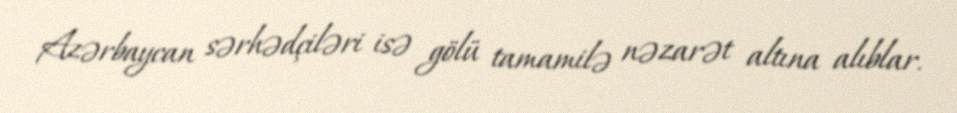
Azərbaycan sərhədçiləri isə gölü tamamilə nəzarət altına alıblar.